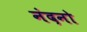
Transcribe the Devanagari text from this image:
नंदनो